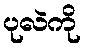
ပုလဲကို